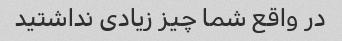
در واقع شما چیز زیادی نداشتید